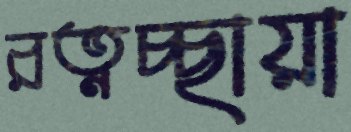
রত্নচ্ছায়া